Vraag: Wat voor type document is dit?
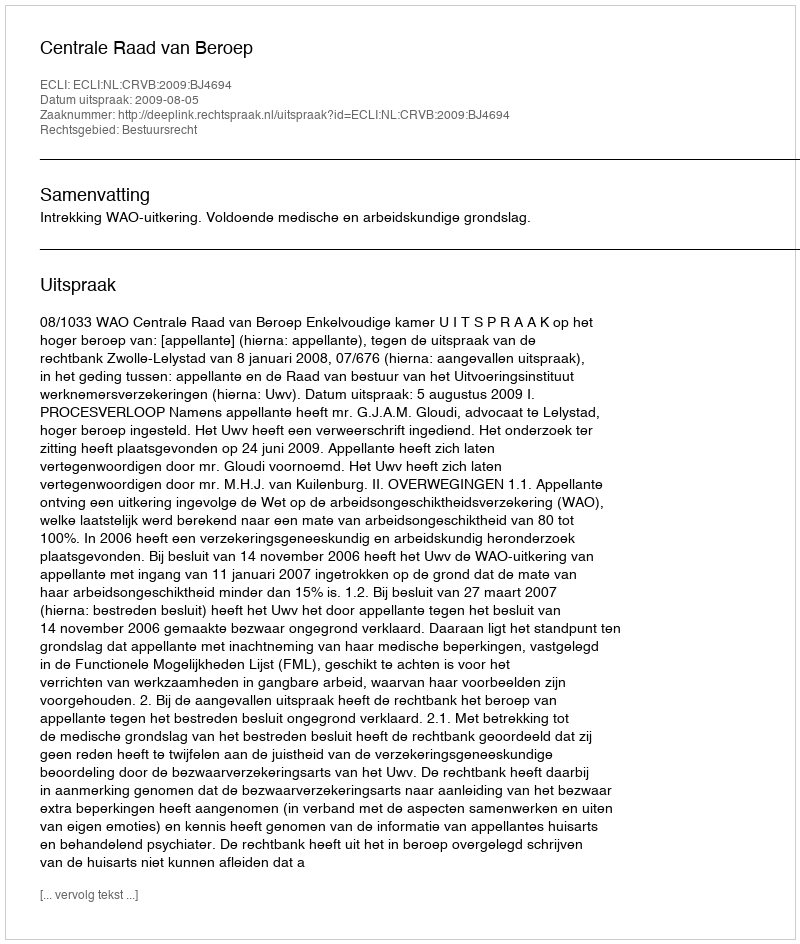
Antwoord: Uitspraak